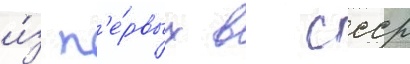
и́з п'е́рвых в ссср